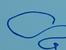
Signature authenticity: forged